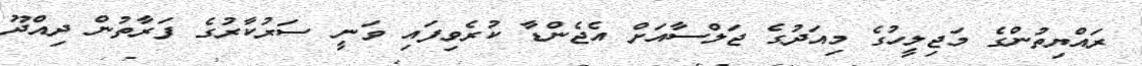
ރައްޔިތުންގެ މަޖިލީހުގެ މިއަދުގެ ޖަލްސާއަށް އެޖެންޑާ ކުރެވިފައި ވަނީ ސަރުކާރުގެ ފަރާތުން ދިއްދޫ